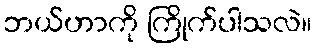
ဘယ်ဟာကို ကြိုက်ပါသလဲ။